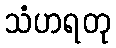
သံဟရတု